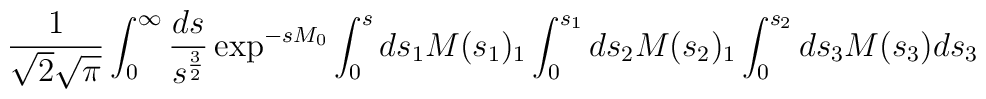
\frac{1}{\sqrt{2} \sqrt{\pi}}  \int_0^{\infty}\frac{ds}{s^{\frac{3}{2}}}  \exp^{-sM_0}\int_0^s ds_1 M(s_1)_1\int_0^{s_1}ds_2 M(s_2)_1   \int_0^{s_2}ds_3 M(s_3)ds_3